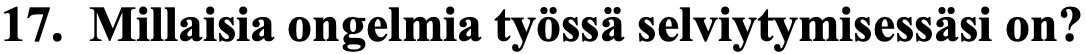
17. Millaisia ongelmia työssä selviytymisessäsi on?